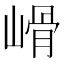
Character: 𡻋